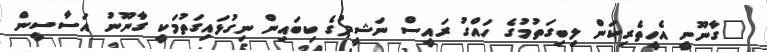
"ގާނޫނީ އެހީތެރިކަން ލިބިގަތުމުގެ ހައްގު ރައީސް ނަޝީދުގެ ކިބައިން ނިގުޅައިގަތުމަކީ ގާނޫނު އަސާސީން